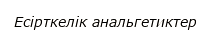
Есірткелік анальгетиктер